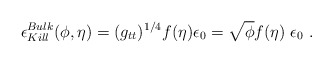
\begin{align*}\epsilon_{Kill}^{Bulk}( \phi, \eta) = (g_{tt})^{1/4}f( \eta)\epsilon_0 = \sqrt{ \phi }f( \eta) \; \epsilon_0 \ .\end{align*}